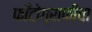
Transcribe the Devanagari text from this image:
फाँटोग्राफीचा